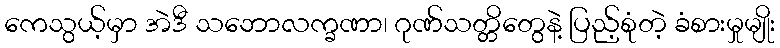
ကေသွယ့်မှာ အဲဒီ သဘောလက္ခဏာ၊ ဂုဏ်သတ္တိတွေနဲ့ ပြည့်စုံတဲ့ ခံစားမှုမျိုး